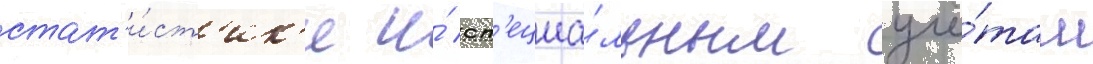
стат'и́ст'ик'е и́ сп'ециа́льным учё́там